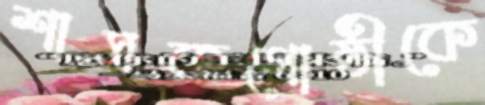
শাসকগোষ্ঠীকে